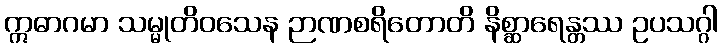
ဣဓာဂမာ သမ္မုတိဝသေန ဉာဏစရိတောတိ နိစ္ဆာရေန္တဿ ဥပသဂ္ဂါ